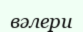
вәлери